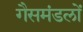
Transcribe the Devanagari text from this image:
गैसमंडलों